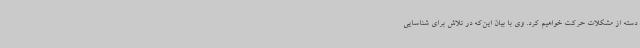
دسته از مشکلات حرکت خواهیم کرد. وی با بیان این‌که در تلاش برای شناسایی